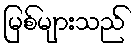
မြစ်များသည်